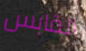
القابس